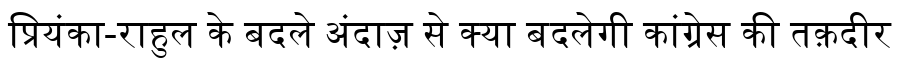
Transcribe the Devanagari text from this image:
प्रियंका-राहुल के बदले अंदाज़ से क्या बदलेगी कांग्रेस की तक़दीर